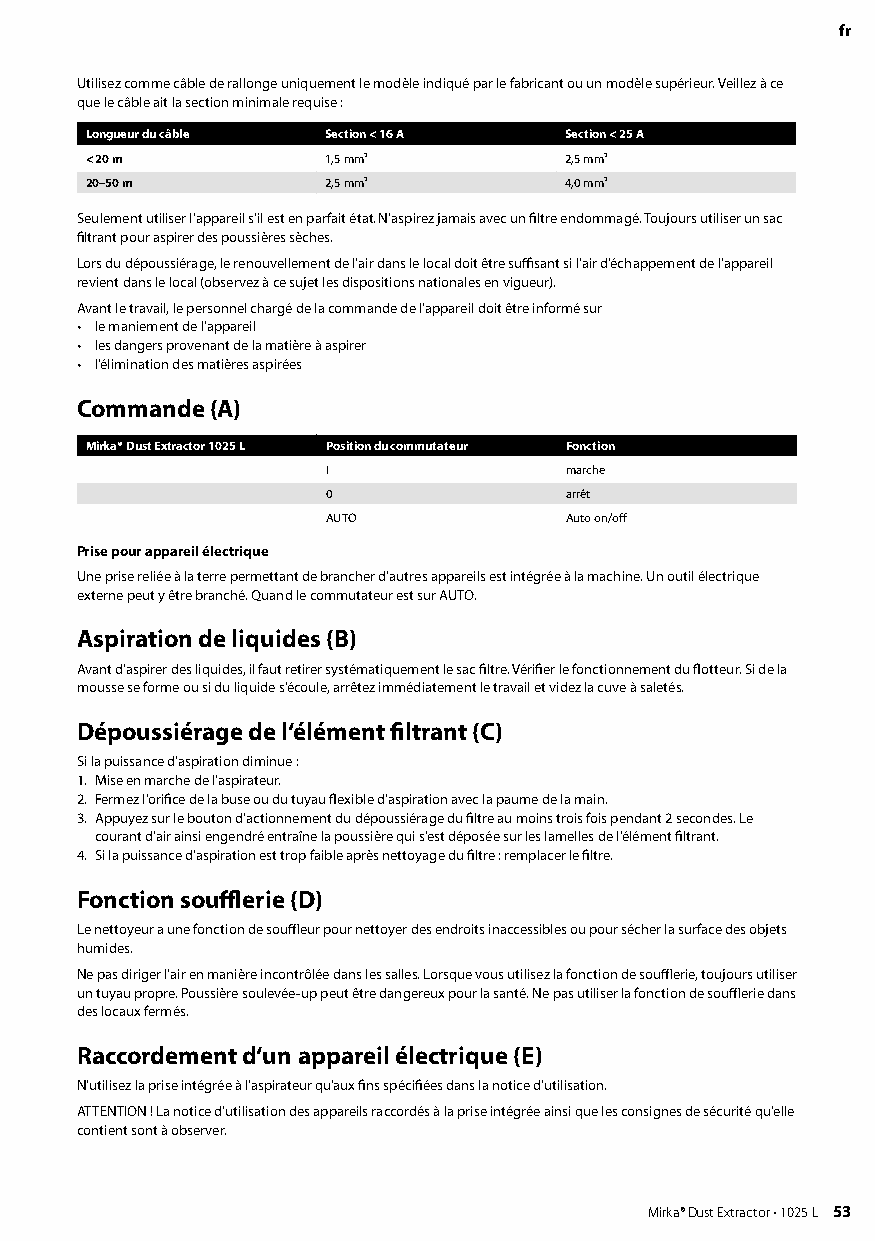
fr
 Utilisez comme câble de rallonge uniquement le modèle indiqué par le fabricant ou un modèle supérieur Veillez à ce
 que le câble ait la section minimale requise :
 Longueur du câble Section < 16 A Section < 25 A
 < 20 m          1,5 mm²        2,5 mm²
 20–50 m         2,5 mm²        4,0 mm²
 Seulement utiliser l’appareil s’il est en parfait état N‘aspirez jamais avec un filtre endommagé Toujours utiliser un sac
 filtrant pour aspirer des poussières sèches
 Lors du dépoussiérage, le renouvellement de l‘air dans le local doit être suffisant si l‘air d‘échappement de l‘appareil
 revient dans le local (observez à ce sujet les dispositions nationales en vigueur)
 Avant le travail, le personnel chargé de la commande de l‘appareil doit être informé sur
 • le maniement de l‘appareil
 • les dangers provenant de la matière à aspirer
 • l‘élimination des matières aspirées
 Commande (A)
 Mirka® Dust Extractor 1025 L Position du commutateur Fonction
 I              marche
 0              arrêt
 AUTO           Auto on/off
 Prise pour appareil électrique
 Une prise reliée à la terre permettant de brancher d'autres appareils est intégrée à la machine Un outil électrique
 externe peut y être branché Quand le commutateur est sur AUTO
 Aspiration de liquides (B)
 Avant d‘aspirer des liquides, il faut retirer systématiquement le sac filtre Vérifier le fonctionnement du flotteur Si de la
 mousse se forme ou si du liquide s‘écoule, arrêtez immédiatement le travail et videz la cuve à saletés
 Dépoussiérage de l‘élément filtrant (C)
 Si la puissance d‘aspiration diminue :
 1 Mise en marche de l‘aspirateur
 2 Fermez l‘orifice de la buse ou du tuyau flexible d‘aspiration avec la paume de la main
 3 Appuyez sur le bouton d‘actionnement du dépoussiérage du filtre au moins trois fois pendant 2 secondes Le
 courant d‘air ainsi engendré entraîne la poussière qui s‘est déposée sur les lamelles de l‘élément filtrant
 4 Si la puissance d‘aspiration est trop faible après nettoyage du filtre : remplacer le filtre
 Fonction soufflerie (D)
 Le nettoyeur a une fonction de souffleur pour nettoyer des endroits inaccessibles ou pour sécher la surface des objets
 humides
 Ne pas diriger l‘air en manière incontrôlée dans les salles Lorsque vous utilisez la fonction de soufflerie, toujours utiliser
 un tuyau propre Poussière soulevée-up peut être dangereux pour la santé Ne pas utiliser la fonction de soufflerie dans
 des locaux fermés
 Raccordement d‘un appareil électrique (E)
 N‘utilisez la prise intégrée à l‘aspirateur qu‘aux fins spécifiées dans la notice d‘utilisation
 ATTENTION ! La notice d‘utilisation des appareils raccordés à la prise intégrée ainsi que les consignes de sécurité qu‘elle
 contient sont à observer
 52 Mirka® Dust Extractor • 1025 L          Mirka® Dust Extractor • 1025 L 53